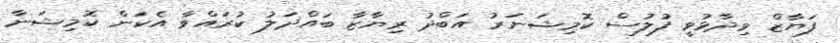
ފަޔާޒް ވިދާޅުވީ ފުލުސް ކޮމިޝަނަރު އަބްދު ރިޔާޒާ ބައްދަލު ކުރައްވާ އެކަން ކޮމިޝަނާ